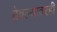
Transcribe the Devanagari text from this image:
ठेवल्यावरही